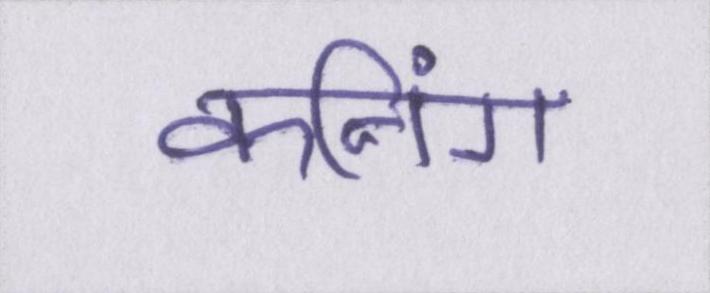
कनिंग